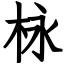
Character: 栐